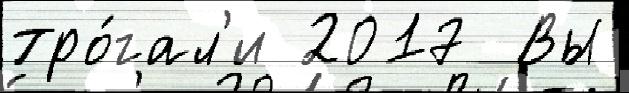
тро́гал'и 2017  Вы